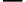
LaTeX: \mathbf{-}